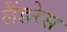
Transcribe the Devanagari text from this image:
लैंडरेस